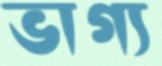
ভাগ্য